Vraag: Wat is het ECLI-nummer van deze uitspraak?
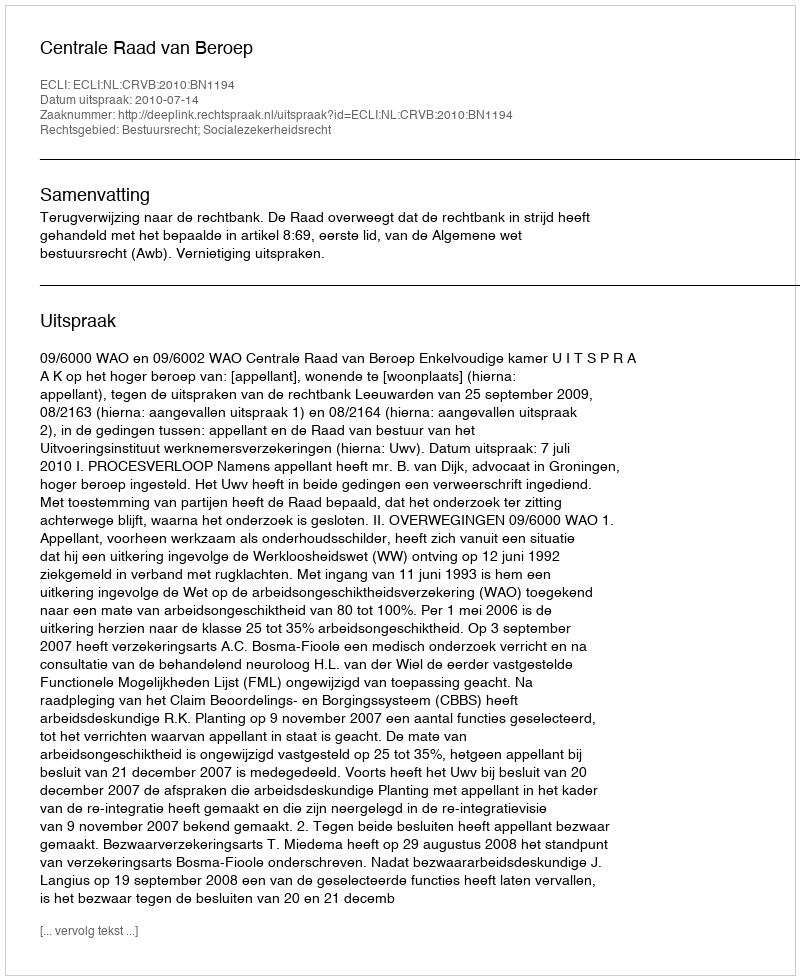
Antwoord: ECLI:NL:CRVB:2010:BN1194